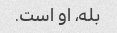
بله، او است.